Annual report of the Civil Veterinary Department, Bengal, for the year 1897-98 - 1897-1898
Year: 1897
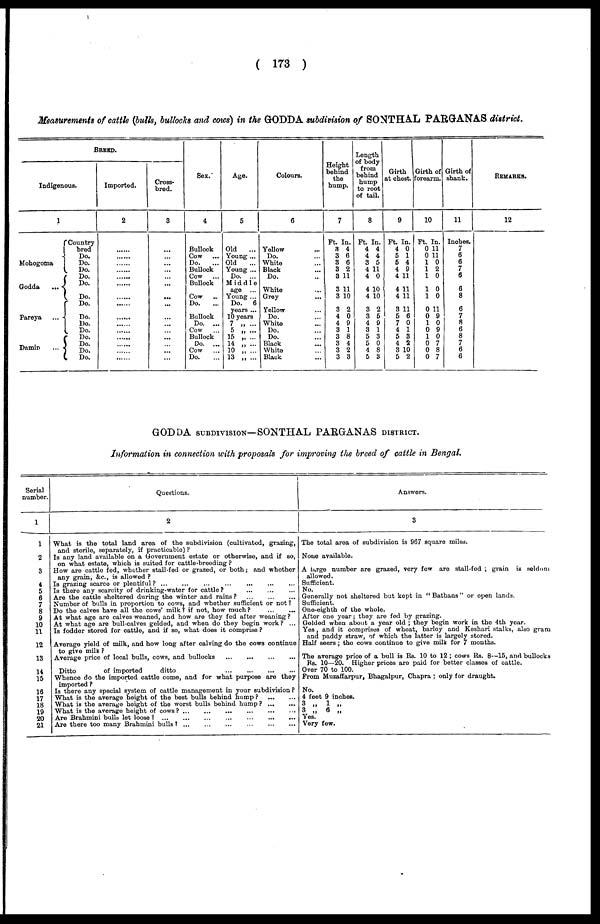
( 173 )
Measurements of cattle (bulls, bullocks and cows) in the GODDA subdivision of SONTHAL PARGANAS district.
BREED.
Indigenous.
1
Country
bred
Do.
Mohogoma
Do.
Do.
Do.
Godda
...
Do.
Do.
Do.
Pareya
...
Do.
Do.
Do.
Do.
Damin
...
Do.
Do.
Do.
Imported.
2
......
......
......
......
......
......
......
......
......
......
......
......
......
......
......
Cross-
bred.
3
...
...
...
.... ...
...
...
....
...
...
...
...
...
...
Sex.
4
Bullock
Cow
...
Do. ...
Bullock
Cow ...
Bullock
Cow
..
Do. ...
Bullock
Do. ...
Cow ...
Bullock
Do. ...
Cow
...
Do. ...
Age.
5
Old ...
Young ...
Old ...
Young ...
Do. ...
Middle
age ...
Young ...
Do.
6
years ...
10 years
7 „ ...
5 „ ...
15 „ ...
14 „ ...
10 „ ...
13 „ ...
Colours.
6
Yellow ...
Do.
White ...
Black
Do.
White ...
Grey
Yellow ...
Do.
White
Do.
Do.
Black
White
Black
Height
behind
the
hump.
7
Ft. In.
3 4
3 6
3 6
3 2
8 11
3 11
3 10
3 2
4 0
4 9
3 1
3 8
3 4
3 2
3 3
Length
of body
from
behind
hump
to root
of tail.
8
Ft. In.
4 4
4 4
3 5
4 11
4 0
4 10
4 10
3 2
3 5
4 9
3 1
5 3
5 0
4 8
5 3
Girth
at chest.
9
Ft. In.
4 0
5 1
5 4
4 9
4 11
4 11
4 11
3 11
5 6
7 0
4 1
5 3
4 2
3 10
5 2
Girth of
forearm.
10
Ft. In.
0 11
0 11
1 0
1 2
1 0
1 0
1 0
0 11
0 9
1 0
0 9
1 0
0 7
0 8
0 7
Girth of
shank.
11
Inches.
7
6
6
7
6
6
8
6
7
8
6
8
7
6
6
REMARKS.
12
GODDA SUBDIVISION—SONTHAL PARGANAS DISTRICT.
Information in connection with proposals for improving the breed of cattle in Bengal.
Serial
number.
1
1
2
3
4
5
6
7
8
9
10
11
12
13
14
15
16
17
18
19
20
21
Questions.
2
What is the total land area of the subdivision (cultivated, grazing,
and sterilo, separately, if practicable) ?
Is any land available on a Government estate or otherwise, and if 60,
on what estate, which is suited for cattle-breeding ?
How are cattle fed, whether stall-fed or grazed, or both; and whether
any grain, &c., is allowed ?
Is grazing scarce or plentiful ? ... ... ... ... ... ...
Is there any scarcity of drinking-water for cattle? ... ... ... ...
Are the cattle sheltered during the winter and rains? ... ... ...
Number of bulls in proportion to cows, and whether sufficient or not ?
Do the calves have all the cows' milk? if not, how much?
At what age are calves weaned, and how are they fed after weaning?
At what age are bull-calves gelded, and when do they begin work? ...
Is fodder stored for cattle, and if so, what does it comprise ?
Average yield of milk, and how long after calving do the cows continue
to give milk ?
Average price of local bulls, cows, and bullocks
Ditto
of imported
ditto
...
...
...
...
...
Whence do the imported cattle come, and for what purpose are they
imported ?
Is there any special system of cattle management in your subdivision ?
What is the average height of the best bulls behind hump?
...
...
What is the average height of the worst bulls behind hump ?
...
...
What is the average height of cows?
...
....
....
....
....
Are Brahmini bulls let loose?
...
...
...
...
...
...
...
...
...
Are there too many Brahmini bulls? ... ... ... ... ... ... ... ...
Answers.
3
The total area of subdivision is 907 square miles.
None available.
A large number are grazed, very few are stall-fed ; grain is seldom
allowed.
Sufficient.
No.
Generally not sheltered but kept in " Bathans " or open lands.
Sufficient.
One-eighth of the whole.
After one year; they are fed by grazing.
Golded when about a year old ; they begin work in the 4th year.
Yes, and it comprises of wheat, barley and Keshari stalks, also gram
and paddy straw, of which the latter is largely stored.
Half seers ; the cows continue to give milk for 7 months.
The average price of a bull is Rs. 10 to 12 ; cows Rs. 8--15, and bullocks
Rs. 10—20. Higher prices are paid for better classes of cattle.
Over 70 to 100.
From Muzaffarpur, Bhagalpur, Chapra ; only for draught.
No.
4 feet 9 inches.
3 „
1 „
3 „ 6 „
Yes.
Very few.